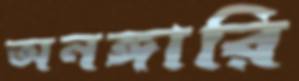
অনঙ্গারি